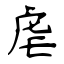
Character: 虐